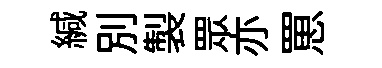
緘别製眾亦罳